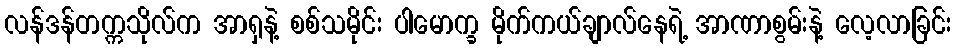
လန်ဒန်တက္ကသိုလ်က အာရှနဲ့ စစ်သမိုင်း ပါမောက္ခ မိုက်ကယ်ချာလ်နေရဲ့ အာဏာစွမ်းနဲ့ လေ့လာခြင်း